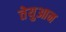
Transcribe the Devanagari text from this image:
तेयुआन